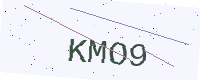
Text: KMO9